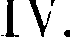
IV.